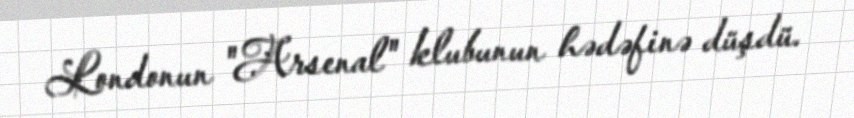
Londonun "Arsenal" klubunun hədəfinə düşdü.